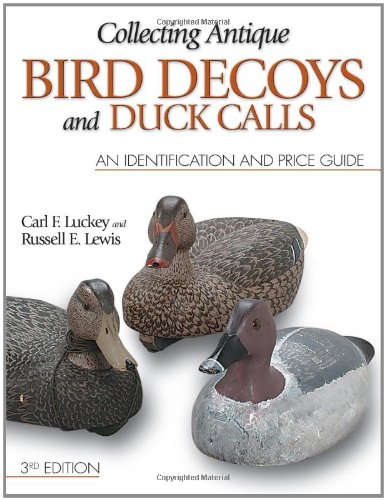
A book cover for Collecting Antique Bird Decoys and Duck Calls: An Identification and Price Guide; Carl F. Luckey; Crafts, Hobbies & Home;